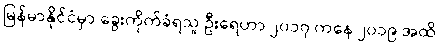
မြန်မာနိုင်ငံမှာ ခွေးကိုက်ခံရသူ ဦးရေဟာ ၂၀၁၇ ကနေ ၂၀၁၉ အထိ